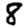
Digit: 8